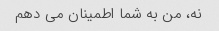
نه، من به شما اطمینان می دهم